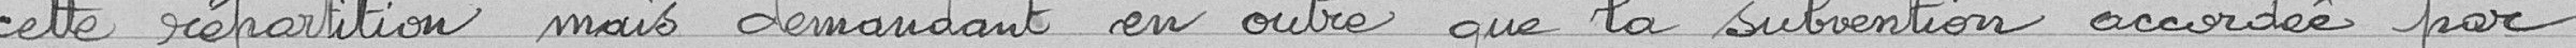
cette répartition mais demandant en outre que la subvention accordée par